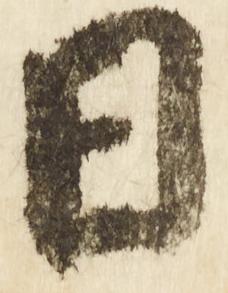
日